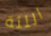
اللثة